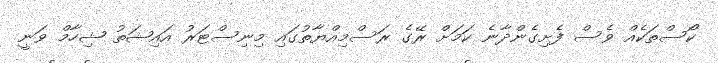
ކޯސްތަކެއް ވެސް ފެށިގެންދާނެ ކަމަށް ރޭގެ ރަސްމިއްޔާތުގައި މިނިސްޓަރު އައިޝަތު ޝިހާމް ވަނީ